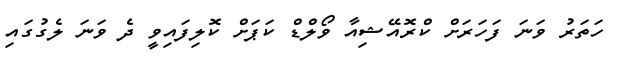
ހަތަރު ވަނަ ފަހަރަށް ކްރޮއޭޝިއާ ވޯލްޑް ކަޕަށް ކޮލިފައިވީ ދެ ވަނަ ލެގުގައި